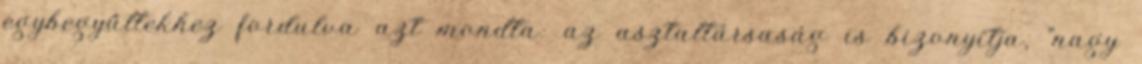
egybegyűltekhez fordulva azt mondta: az asztaltársaság is bizonyítja, "nagy